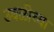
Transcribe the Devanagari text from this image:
उबळीच्या